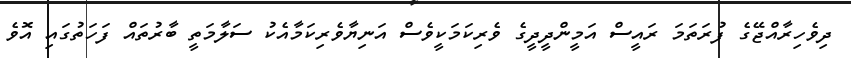
ދިވެހިރާއްޖޭގެ ފުރަތަމަ ރައީސް އަމީންދީދީގެ ވެރިކަމަކީވެސް އަނިޔާވެރިކަމާއެކު ސަލާމަތީ ބާރުތައް ފަހަތުގައި އޮވެ